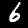
Digit: 6